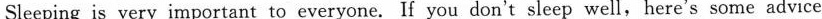
Sleeping is very important to everyone.If you don't sleep well,here's some advice